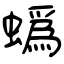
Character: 蟡